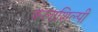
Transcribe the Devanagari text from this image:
कलाशिल्पी